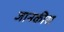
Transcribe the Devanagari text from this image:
जानकीश